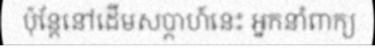
ប៉ុន្តែនៅដើមសប្តាហ៍នេះ អ្នកនាំពាក្យ